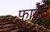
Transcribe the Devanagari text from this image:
फ़ाल्ट